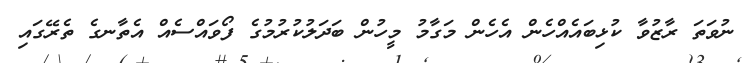
ނުވަތަ ރާޒުވާ ކުޅިބައެއްހެން އެހެން މަގާމު މީހުން ބަދަލުކުރުމުގެ ފޯވައްސެއް އެތާނގެ ތެރޭގައި